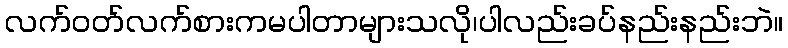
လက်ဝတ်လက်စားကမပါတာများသလို၊ပါလည်းခပ်နည်းနည်းဘဲ။